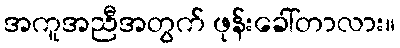
အကူအညီအတွက် ဖုန်းခေါ်တာလား။